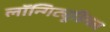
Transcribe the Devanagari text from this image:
लॉन्गिट्यूडिनल